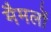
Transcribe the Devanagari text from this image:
मैमलों